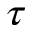
\boldsymbol { \tau }